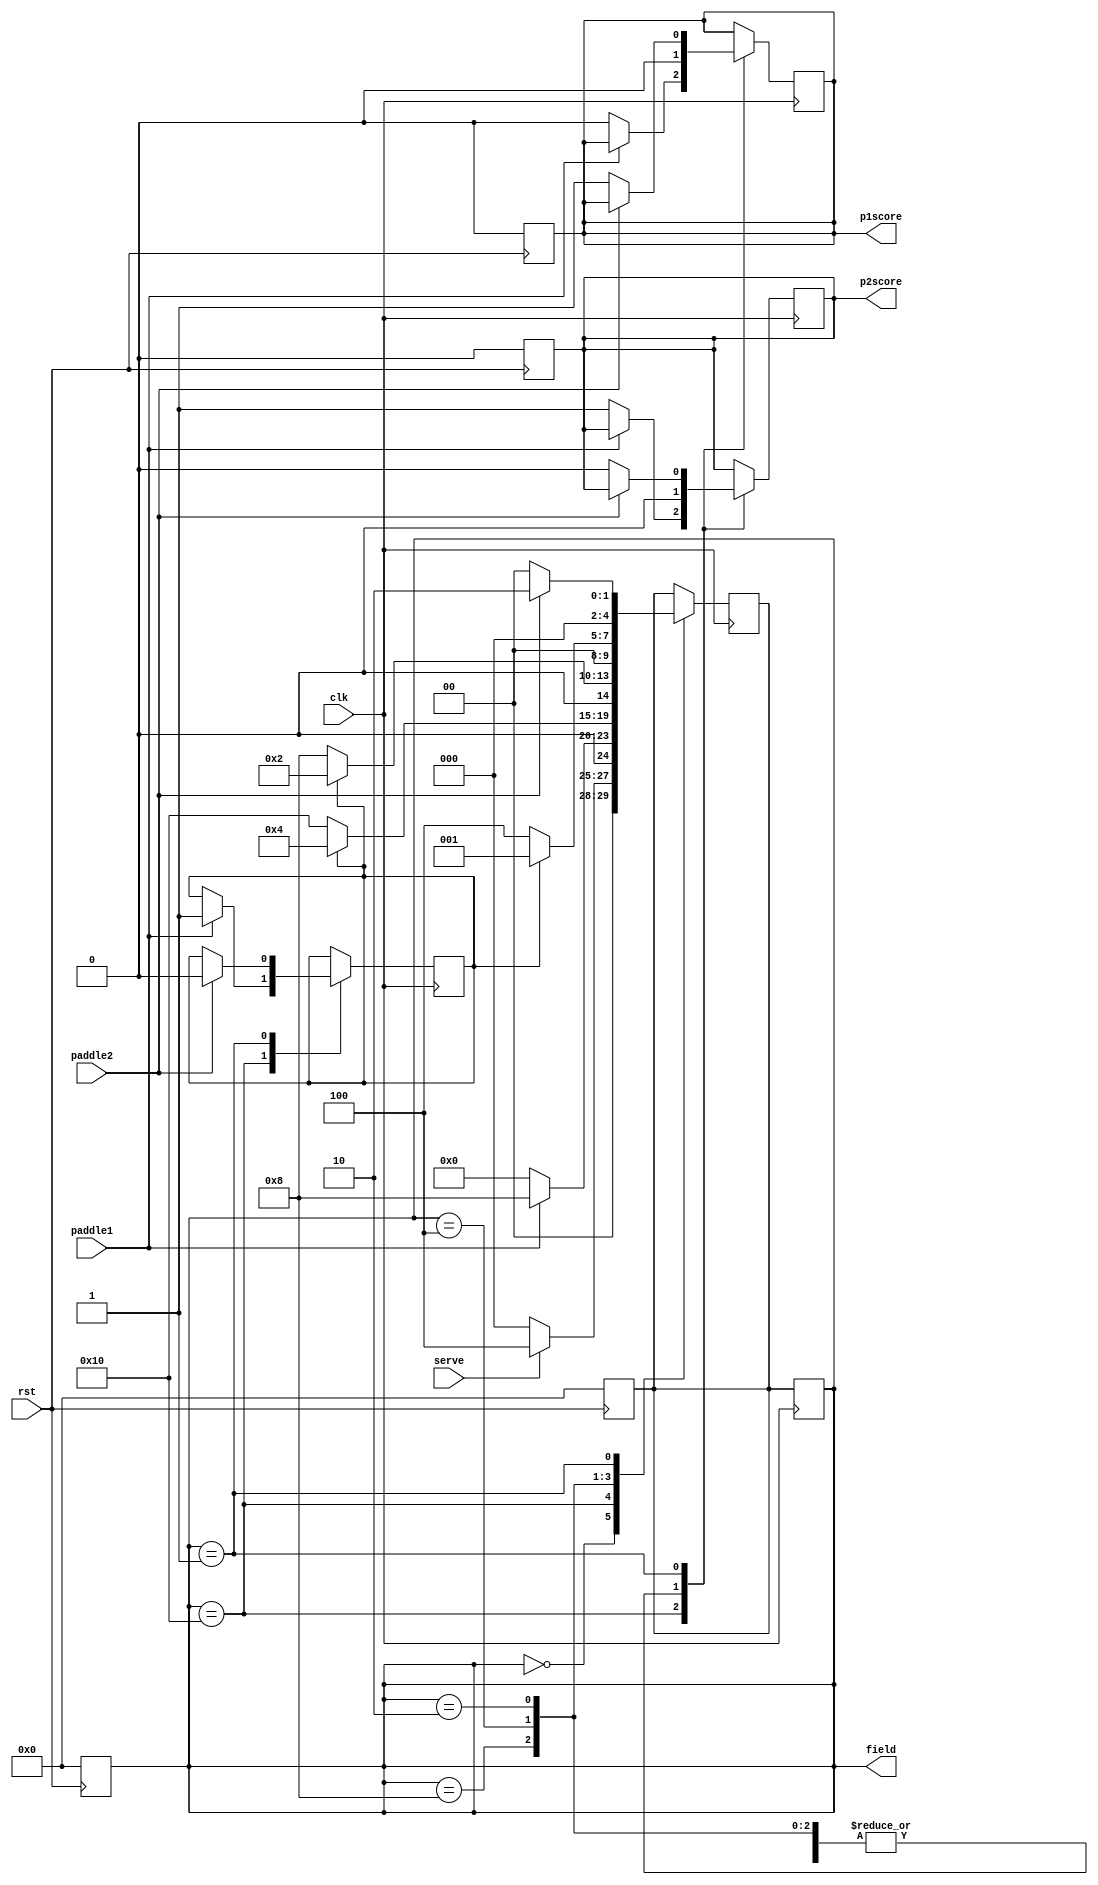
/**
	Michael Pate and Ean Hughes
	Professor Jiang
	HDL Digital Design
	UWYO EE 4490
	October 15, 2021
	gameSM.v
**/

module gameSM(field,p1score,p2score,clk,rst,paddle1,paddle2, serve);
	input clk, rst;
	input paddle1, paddle2, serve;
	
	output [4:0] field;
	output reg p1score, p2score;
	
	reg dir = 1;
	
	reg [4:0] S, nS;
	parameter [4:0] S_idle=5'b00000, S_1=5'b10000, S_2=5'b01000, S_3=5'b00100, S_4=5'b00010, S_5=5'b00001;
	assign field = S;
	
	// Handle reset
	always @(negedge rst)
	begin
		if (rst == 0)
			begin
				S <= S_idle;
				nS<= S_idle;
				p1score <= 0;
				p2score <= 0;
			end
	end	
	
	// Change states and handle moore outputs
	always @(posedge clk)
	begin
		case(S)
		S_idle:	begin
					//if (serve) nS <= dir ? S_4 : S_2;
					p1score <= 0;
					p2score <= 0;
					if (serve) nS <= S_3;
					else nS <= S_idle;
				end
		
		S_1:	begin 
					if (paddle1)
					begin
						dir <= 1;
						nS <= S_2;
					end
					else
					begin
						p2score <= 1;
						p1score <= 0;
						nS <= S_idle;
					end
				end
				
		S_2:	begin
					nS <= dir ? S_3 : S_1;
					p1score <= 0;
					p2score <= 0;
				end
				
		S_3:	begin
					nS <= dir ? S_4 : S_2;
					p1score <= 0;
					p2score <= 0;
				end
				
		S_4:	begin
					nS <= dir ? S_5 : S_3;
					p1score <= 0;
					p2score <= 0;
				end
				
		S_5:	begin 
					if (paddle2)
					begin
						dir <= 0;
						nS <= S_4;
					end
					else
					begin
						p2score <= 0;
						p1score <= 1;
						nS <= S_idle;
					end
				end	
		endcase
	end
	
	always @(posedge clk)
	begin
		S <= nS;
	end

endmodule